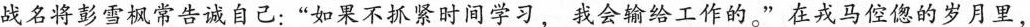
战名将彭雪枫常告诫自己：”如果不抓紧时间学习，我会输给工作的。”在戎马倥偬的岁月里，